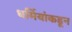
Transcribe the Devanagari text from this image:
धर्मियांकडून